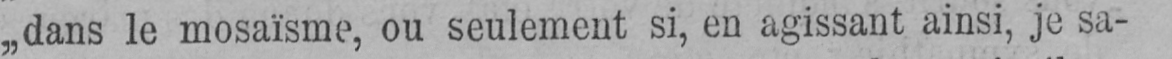
„dans le mosaïsme, ou seulement si, en agissant ainsi, je sa-